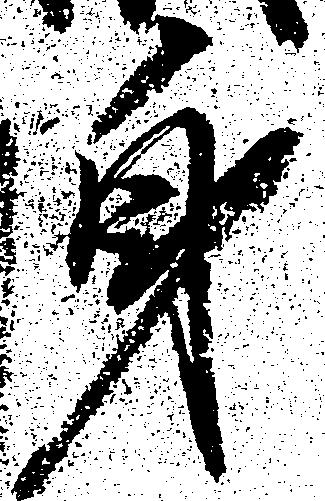
身